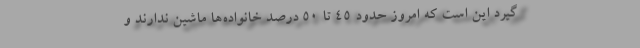
گیرد این است که امروز حدود ۴۵ تا ۵۰ درصد خانواده‌ها ماشین ندارند و